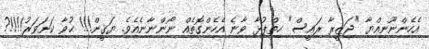
އެހެންނޫނިއްޔާ "ޖަޒީރާ ރައީސް" ހިތްޕުޅާ ވާނެ އެހެންގޮތެއް ނޯންނާނެއެވެ. ޔަޤީން!!! ޙުވާ ކަށަވަރު!!!!?